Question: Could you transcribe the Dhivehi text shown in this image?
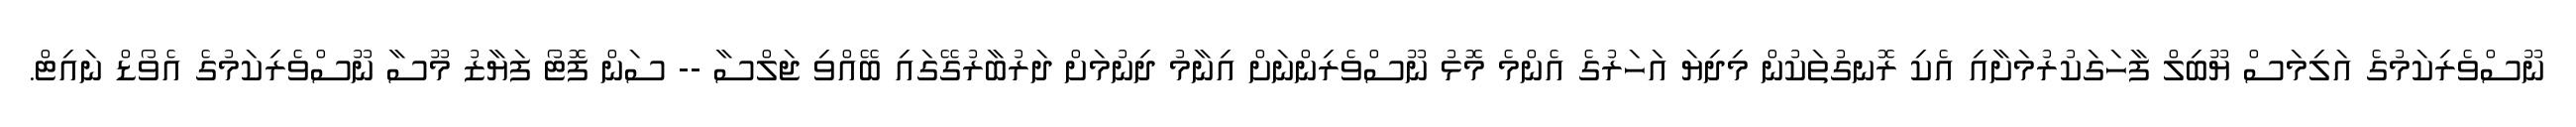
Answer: ނޫސްވެރިކަމުގެ އަލިމަސް ޔޫބިލް ފާހަގަކުރުމަށާއި އެކި ރޮނގުތަކުން މިދިޔަ އަހަރުގެ އެންމެ މޮޅު ނޫސްވެރިންނަށް އިނާމު ދިނުމަށް ދަރުބާރުގޭގައި ބޭއްވި ޖަލްސާ -- ސަން ފޮޓޯ ފަޔާޒު މޫސާ ނޫސްވެރިކަމުގެ އެވޯޑް ނައިޓް.